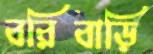
বরিবাড়ি